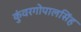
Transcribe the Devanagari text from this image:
कुंवरगोपालसिंह